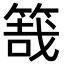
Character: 𥯒